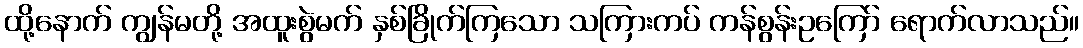
ထို့နောက် ကျွန်မတို့ အထူးစွဲမက် နှစ်ခြိုက်ကြသော သကြားကပ် ကန်စွန်းဥကြော် ရောက်လာသည်။